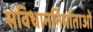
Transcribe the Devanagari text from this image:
संविधाननिर्माताओं